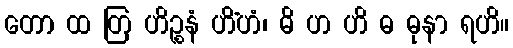
တော ထ တြ ဟိဉ္စနံ ဟိံဟံ၊ ဓိ ဟ ဟိ ဓ ဓုနာ ရဟိ။